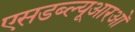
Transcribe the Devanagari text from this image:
एसडब्ल्यूआरओ